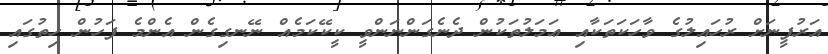
އަރުފީނަށް ރުހައިލުގެ ވާހަކަތަކާއި ޢަމަލުތަކުން ދެނެގަންނަންވީ ކީކޭކަމެއް ނޭނގިގެން އެންމެ ފަހުން ހިތުގައި